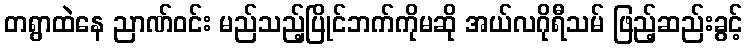
တရွာထဲနေ ညာဏ်ဝင်း မည်သည့်ပြိုင်ဘက်ကိုမဆို အယ်လဂိုရီသမ် ဖြည့်ဆည်းခွင့်